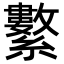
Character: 𦇆